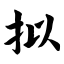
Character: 拟